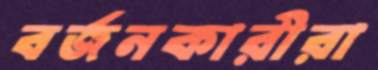
বর্জনকারীরা